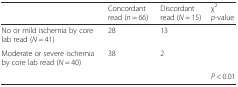
|  | Concordant read (n = 66) | Discordant read (N = 15) | χ2p-value |
 | --- | --- | --- | --- |
 | No or mild ischemia by core lab read (N = 41) | 28 | 13 |  |
 | Moderate or severe ischemia by core lab read (N = 40) | 38 | 2 |  |
 |  |  |  | P < 0.01 |